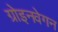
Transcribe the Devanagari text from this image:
ग्रोइनवेगन